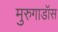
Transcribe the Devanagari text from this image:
मुरुगाडॉस